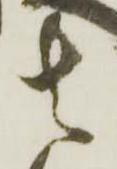
者